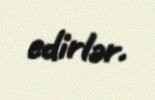
edirlər.